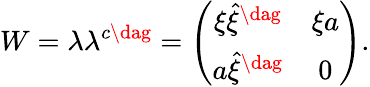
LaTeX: W=\lambda\lambda^{c\dag}=\left(\begin{array}{cc}{{\xi\hat{\xi}^{\dag}}}&{{\xi a}}\\ {{a\hat{\xi}^{\dag}}}&{{0}}\end{array}\right).